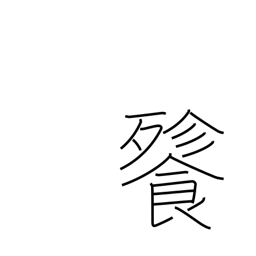
Meaning: voracious